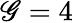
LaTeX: \mathscr{G}=4